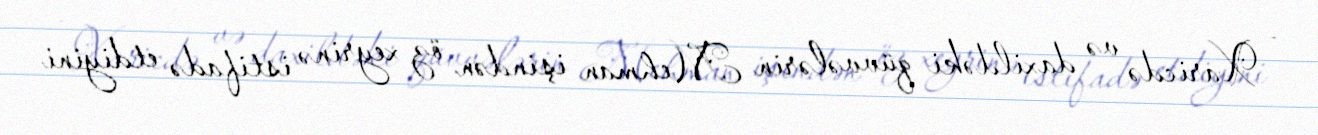
- Xaricdə və daxildəki qüvvələrin Mehman işindən öz xeyrinə istifadə etdiyini